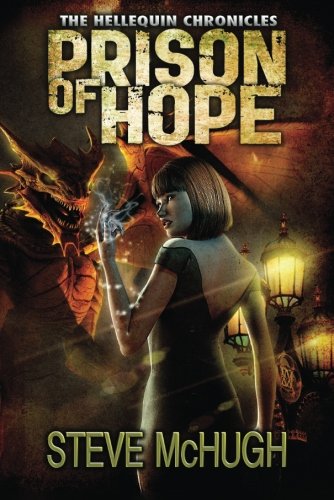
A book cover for Prison of Hope (The Hellequin Chronicles); Steve McHugh; Science Fiction & Fantasy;